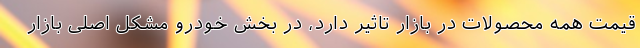
قیمت همه محصولات در بازار تاثیر دارد، در بخش خودرو مشکل اصلی بازار